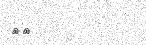
٦٤